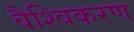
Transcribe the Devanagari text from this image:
वैश्विकरण